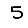
Digit: 5